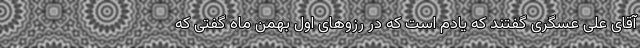
آقای علی عسگری گفتند که یادم است که در رزوهای اول بهمن ماه گفتی که